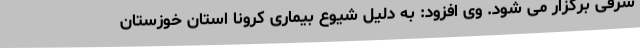
شرقی برگزار می شود. وی افزود: به دلیل شیوع بیماری کرونا استان خوزستان